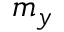
m _ { y }